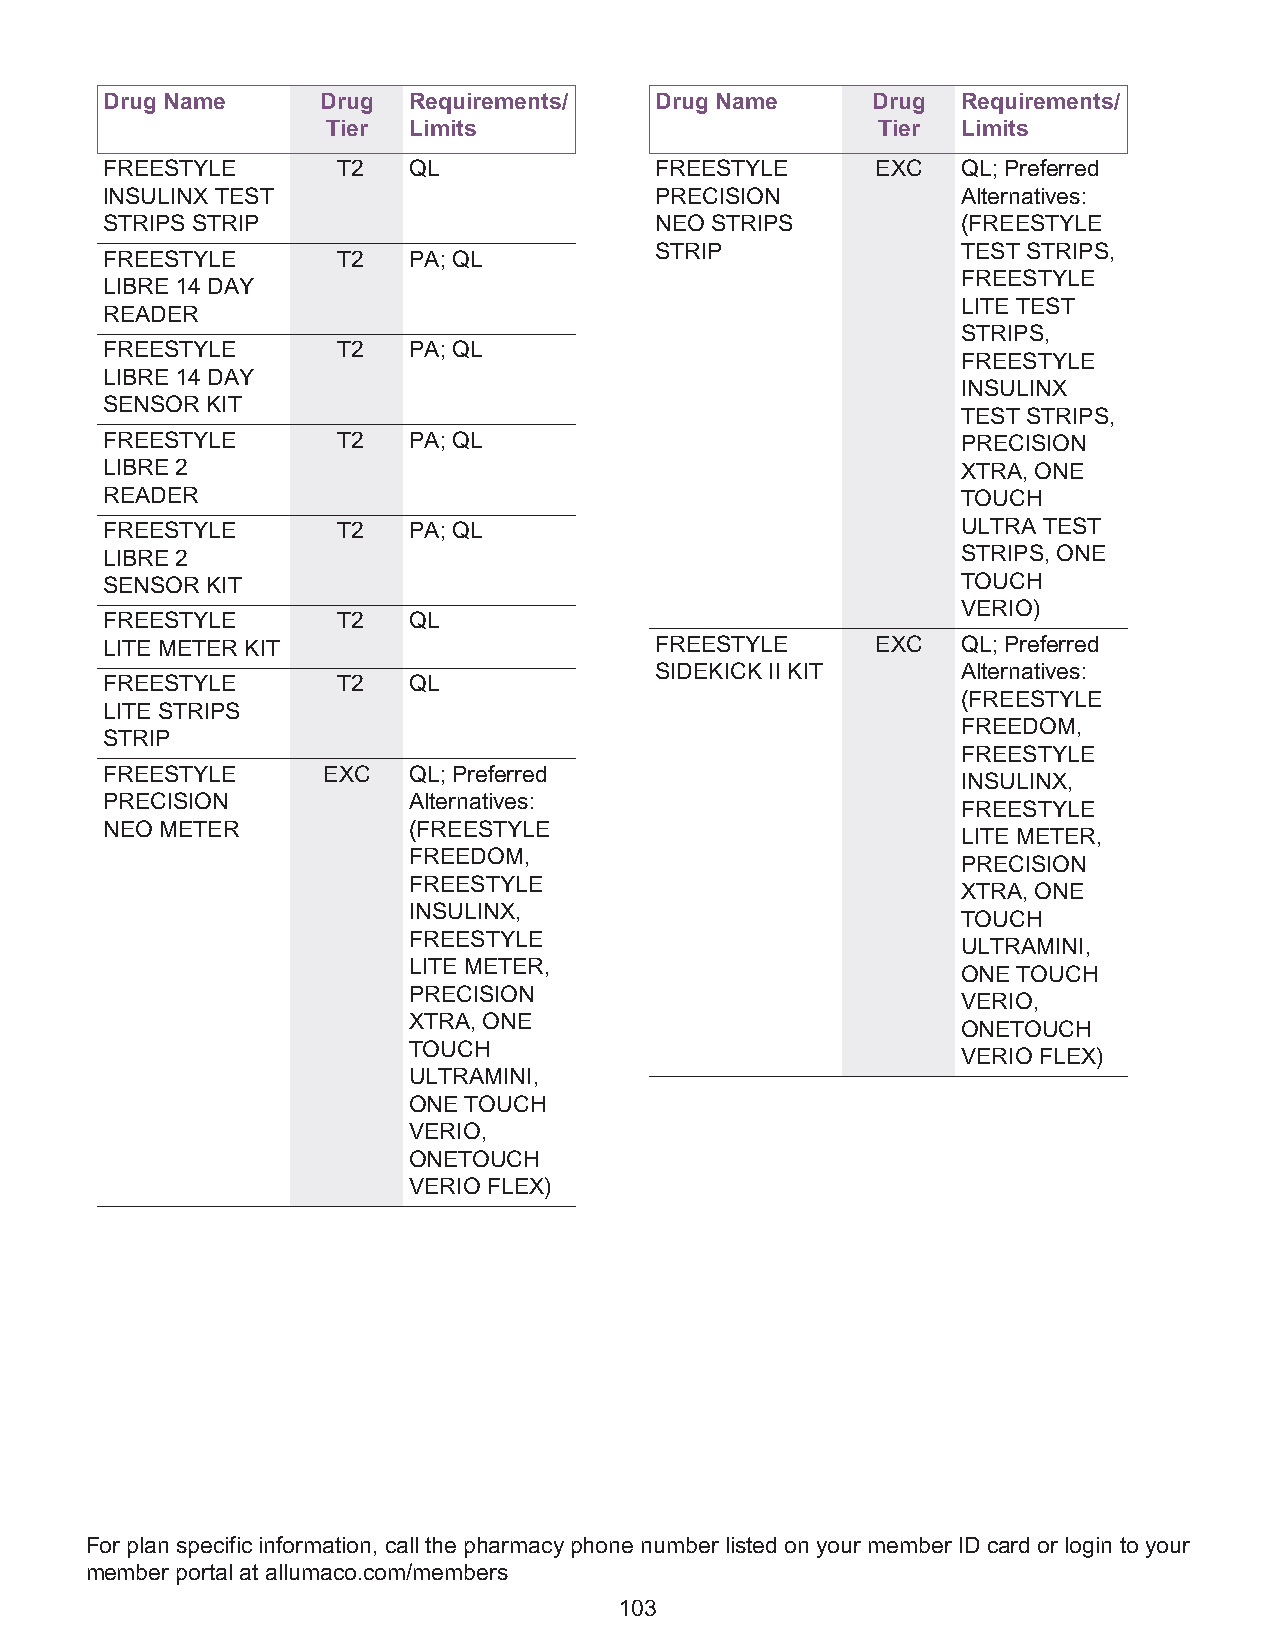
Drug Name     Drug  Requirements/   Drug Name      Drug  Requirements/
 Tier Limits                         Tier  Limits
 FREESTYLE      T2   QL              FREESTYLE      EXC   QL; Preferred
 INSULINX TEST                       PRECISION            Alternatives:
 STRIPS STRIP                        NEO STRIPS           (FREESTYLE
 STRIP                TEST STRIPS,
 FREESTYLE      T2   PA; QL
 FREESTYLE
 LIBRE 14 DAY
 LITE TEST
 READER
 STRIPS,
 FREESTYLE      T2   PA; QL
 FREESTYLE
 LIBRE 14 DAY
 INSULINX
 SENSOR KIT
 TEST STRIPS,
 FREESTYLE      T2   PA; QL                               PRECISION
 LIBRE 2                                                  XTRA, ONE
 READER                                                   TOUCH
 FREESTYLE      T2   PA; QL                               ULTRA TEST
 LIBRE 2                                                  STRIPS, ONE
 SENSOR KIT                                               TOUCH
 VERIO)
 FREESTYLE      T2   QL
 LITE METER KIT                      FREESTYLE      EXC   QL; Preferred
 SIDEKICK II KIT      Alternatives:
 FREESTYLE      T2   QL
 (FREESTYLE
 LITE STRIPS
 FREEDOM,
 STRIP
 FREESTYLE
 FREESTYLE     EXC   QL; Preferred
 INSULINX,
 PRECISION           Alternatives:
 FREESTYLE
 NEO METER           (FREESTYLE
 LITE METER,
 FREEDOM,
 PRECISION
 FREESTYLE
 XTRA, ONE
 INSULINX,
 TOUCH
 FREESTYLE
 ULTRAMINI,
 LITE METER,
 ONE TOUCH
 PRECISION
 VERIO,
 XTRA, ONE
 ONETOUCH
 TOUCH
 VERIO FLEX)
 ULTRAMINI,
 ONE TOUCH
 VERIO,
 ONETOUCH
 VERIO FLEX)
 For plan specific information, call the pharmacy phone number listed on your member ID card or login to your
 member portal at allumaco.com/members
 103